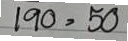
190 = 50